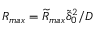
R _ { m a x } = \widetilde { R } _ { m a x } \widetilde { \delta } _ { 0 } ^ { 2 } / D